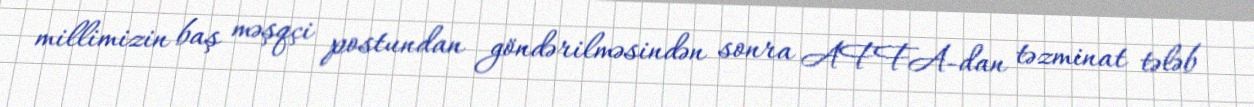
millimizin baş məşqçi postundan göndərilməsindən sonra AFFA-dan təzminat tələb